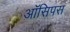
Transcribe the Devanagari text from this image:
ऑसिपस